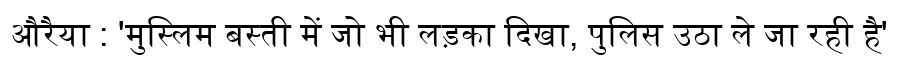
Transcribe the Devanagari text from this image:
औरैया : 'मुस्लिम बस्ती में जो भी लड़का दिखा, पुलिस उठा ले जा रही है'